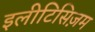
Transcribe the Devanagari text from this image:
इलीटिसिज़म